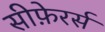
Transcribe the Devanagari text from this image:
सीफ़ेरर्स